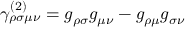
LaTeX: \gamma _ { \rho \sigma \mu \nu } ^ { ( 2 ) } = g _ { \rho \sigma } g _ { \mu \nu } - g _ { \rho \mu } g _ { \sigma \nu }